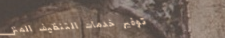
توفير خدمات التنظيف المنز